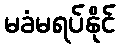
မခံမရပ်နိုင်